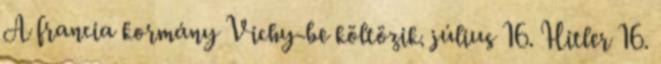
A francia kormány Vichy-be költözik. július 16. Hitler 16.